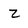
Character: z